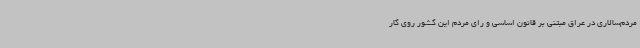
مردم‌سالاری در عراق مبتنی بر قانون اساسی و رای مردم این کشور روی کار